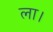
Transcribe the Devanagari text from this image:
ला।